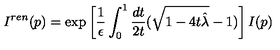
I ^ { r e n } ( p ) = \exp \left[ { \frac { 1 } { \epsilon } } \int _ { 0 } ^ { 1 } { \frac { d t } { 2 t } } ( \sqrt { 1 - 4 t { \hat { \lambda } } } - 1 ) \right] I ( p )